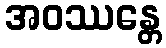
အဝဿန္တေ